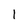
Character: 1